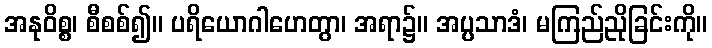
အနုဝိစ္စ၊ စီစစ်၍။ ပရိယောဂါဟေတွာ၊ အရာ၌။ အပ္ပသာဒံ၊ မကြည်ညိုခြင်းကို။